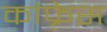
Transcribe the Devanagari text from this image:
कांफ़्रेस